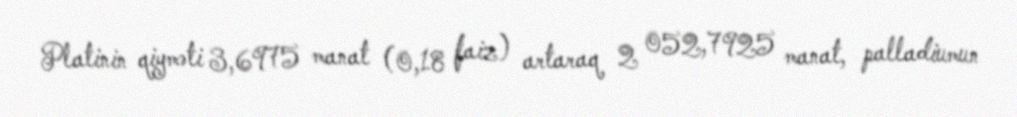
Platinin qiyməti 3,6975 manat (0,18 faiz) artaraq 2 052,7925 manat, palladiumun